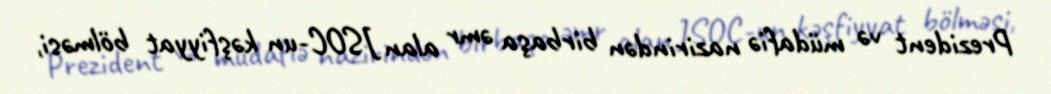
Prezident və müdafiə nazirindən birbaşa əmr alan JSOC-un kəşfiyyat bölməsi,